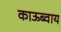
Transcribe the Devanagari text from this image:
काऊब्वाय